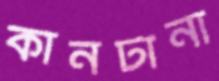
কানটানা